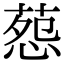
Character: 葾